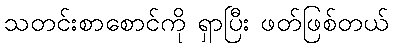
သတင်းစာစောင်ကို ရှာပြီး ဖတ်ဖြစ်တယ်